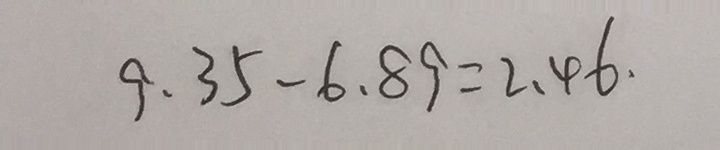
9 . 3 5 - 6 . 8 9 = 2 . 4 6 .